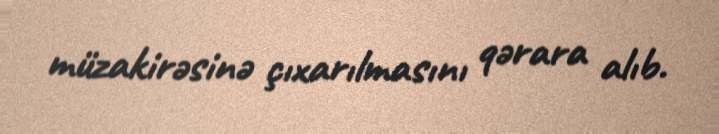
müzakirəsinə çıxarılmasını qərara alıb.